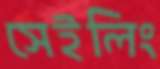
সেইলিং